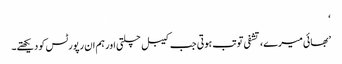
‘
’بھائی میرے، تشفی تو تب ہوتی جب کیبل چلتی اور ہم ان رپورٹس کو دیکھتے۔